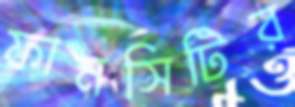
ফানসিটির